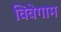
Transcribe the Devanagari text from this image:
विवेगाम